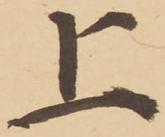
上